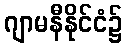
ဂျာမနီနိုင်ငံ၌